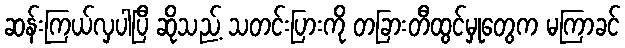
ဆန်းကြယ်လှပါပြီ ဆိုသည့် သတင်းပြားကို တခြားတီထွင်မှုတွေက မကြာခင်